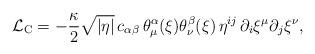
LaTeX: \begin{align*}\mathcal L_{\mathrm C} = - \frac{\kappa}{2} \sqrt{|\eta|} \,c_{\alpha\beta} \, \theta^\alpha_\mu(\xi) \theta^\beta_\nu(\xi) \, \eta^{i j}\, \partial_i \xi^\mu \partial_j \xi^\nu,\end{align*}